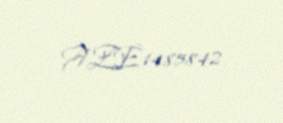
AZE1485842